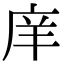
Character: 庠